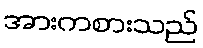
အားကစားသည်